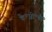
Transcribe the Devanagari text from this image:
के॰जी॰बी॰